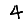
Digit: 4